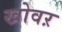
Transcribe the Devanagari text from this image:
खोवऱ